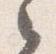
之